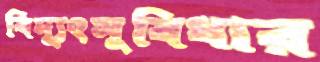
বিদ্যুৎসুবিধার